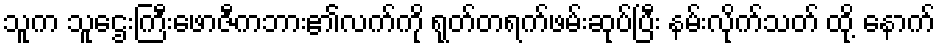
သူက သူဌေးကြီးဖောဇီကဘား၏လက်ကို ရုတ်တရက်ဖမ်းဆုပ်ပြီး နမ်းလိုက်သတ် ထို့ နောက်